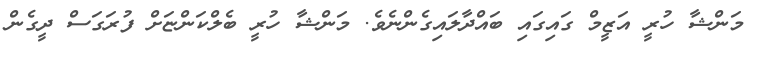
މަންޝާ ހުރީ އަޒީމް ގައިގައި ބައްދާލައިގެންނެވެ. މަންޝާ ހުރީ ބެލްކަންޏަށް ފުރަގަސް ދީގެން